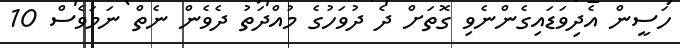
ހަސީން އެދިވަޑައިގެންނެވި ގޮތަށް ދެ ދުވަހުގެ މުއްދަތު ދެވެން ނެތް ނަމަވެސް 10